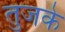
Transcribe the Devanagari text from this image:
तुजके